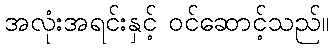
အလုံးအရင်းနှင့် ဝင်ဆောင့်သည်။